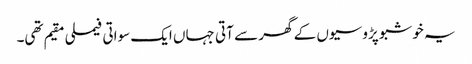
یہ خوشبو پڑوسیوں کے گھر سے آتی جہاں ایک سواتی فیملی مقیم تھی۔